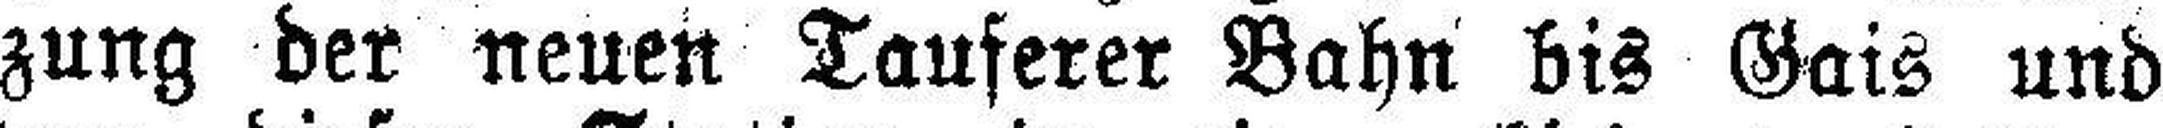
zung der neuen Tauferer Bahn bis Gais und